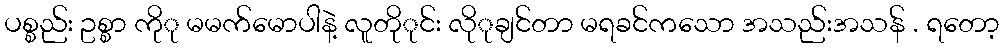
ပစ္စည်း ဥစ္စာ ကိုု မမက်မောပါနဲ့ လူတိုုင်း လိုုချင်တာ မရခင်ကသော အသည်းအသန် . ရတော့